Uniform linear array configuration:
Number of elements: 32
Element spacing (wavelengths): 0.25
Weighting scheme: blackman
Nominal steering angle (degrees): -30
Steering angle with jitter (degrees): -31.147
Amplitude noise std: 0.05
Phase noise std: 0.05

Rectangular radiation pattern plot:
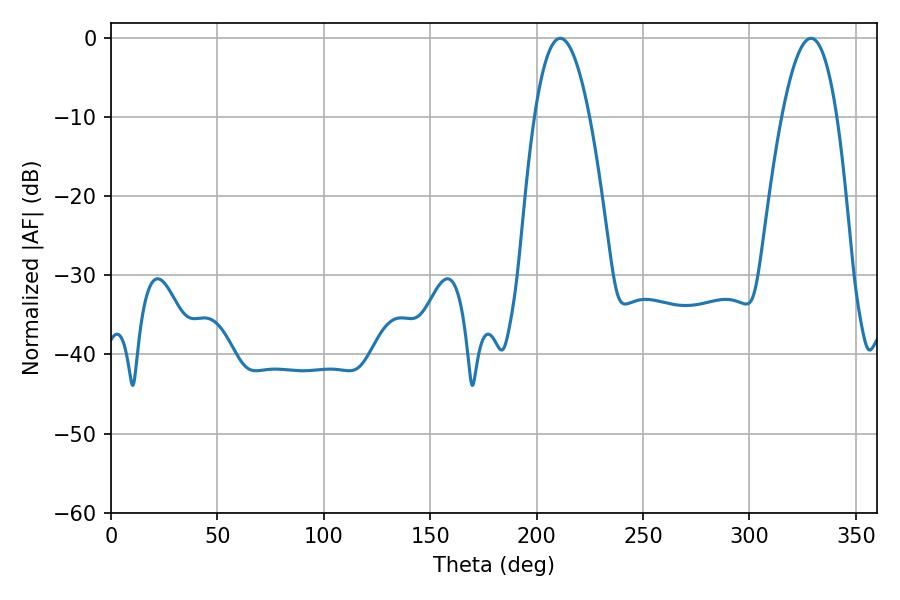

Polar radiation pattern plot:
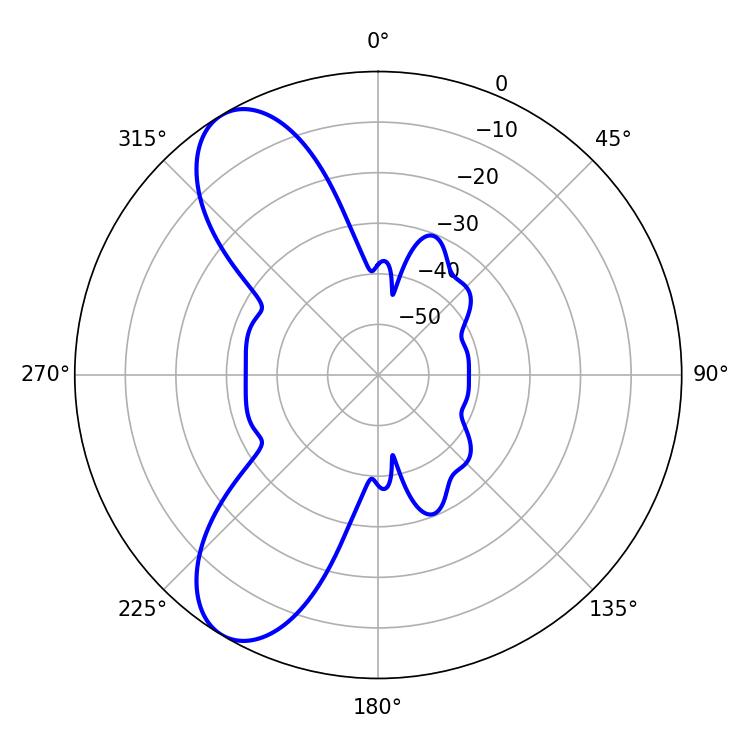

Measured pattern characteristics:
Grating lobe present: FALSE
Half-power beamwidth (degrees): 14.22
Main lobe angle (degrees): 211.14